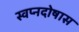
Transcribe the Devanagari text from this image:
स्वप्नदोषास